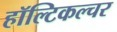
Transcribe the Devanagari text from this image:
हॉल्टिकल्चर